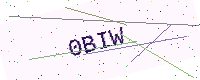
Text: 0BIW